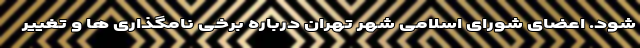
شود. اعضای شورای اسلامی شهر تهران درباره برخی نامگذاری ها و تغییر